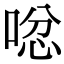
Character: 𠴮